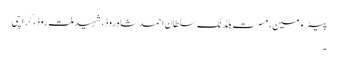
پیٹرومین، مسرت بلڈنگ سلطان احمد شاہ روڈ، شہید ملت روڈ، کراچی
۔